Lunatic asylums Punjab 1911-1921 - 1911-1921
Year: 1911
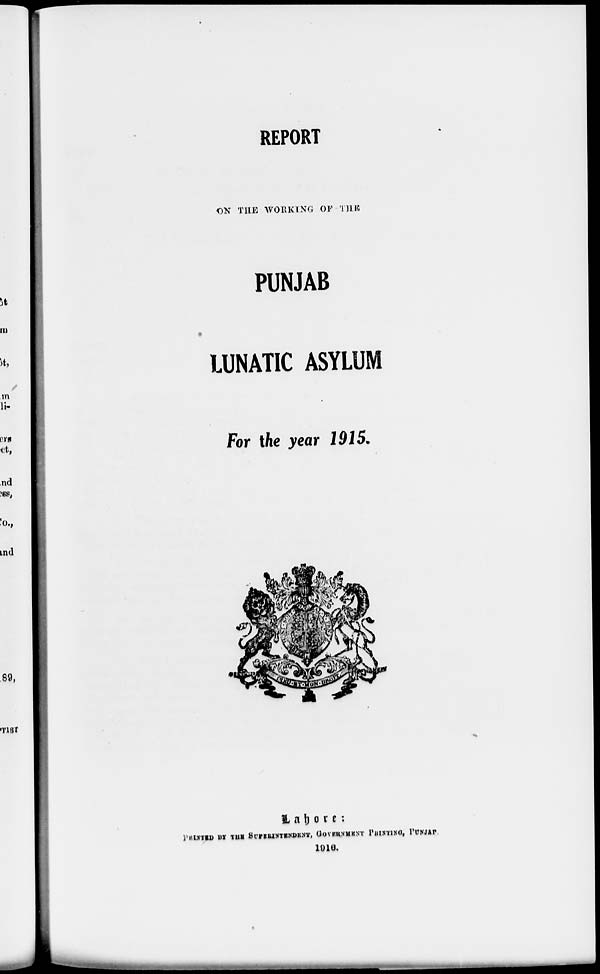
REPORT
ON THE WORKING OF THE
PUNJAB
LUNATIC ASYLUM
For the year 1915.
Lahore
:
PRINTED BY THE SUPERINTENDENT, GOVERNMENT PRINTING, PUNJAB.
1916.